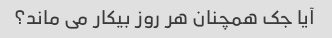
آیا جک همچنان هر روز بیکار می ماند؟